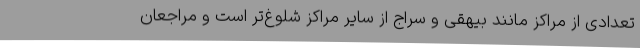
تعدادی از مراکز مانند بیهقی و سراج از سایر مراکز شلوغ‌تر است و مراجعان